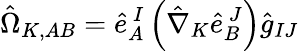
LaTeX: \hat{\Omega}_{K,AB}=\hat{e}_{A}^{\ I}\left(\hat{\nabla}_{K}\hat{e}_{B}^{\ J}\right)\hat{g}_{IJ}